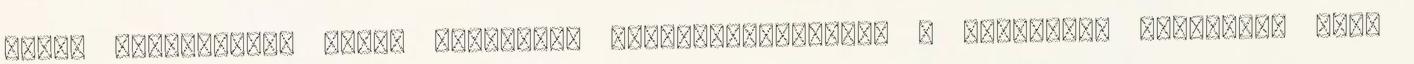
vitán vitatkozott össze Vlagyimir Zsirinovszkijjal, a Liberális Demokrata Párt